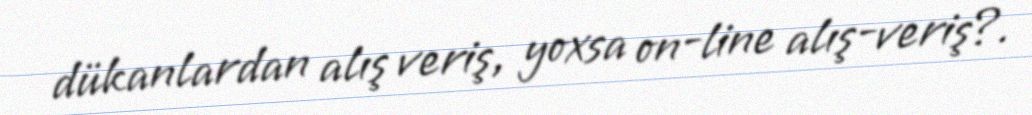
dükanlardan alış veriş, yoxsa on-line alış-veriş?.